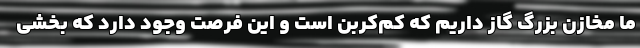
ما مخازن بزرگ گاز داریم که کم‌کربن است و این فرصت وجود دارد که بخشی